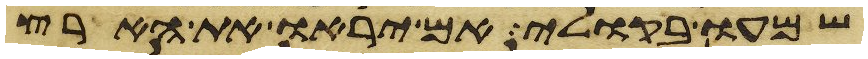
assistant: שמעו בקולי אם יראו את הארץ